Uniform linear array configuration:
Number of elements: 48
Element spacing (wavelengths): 0.75
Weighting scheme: kaiser
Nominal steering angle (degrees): -45
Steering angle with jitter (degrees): -45.524
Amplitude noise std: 0.05
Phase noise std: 0.05

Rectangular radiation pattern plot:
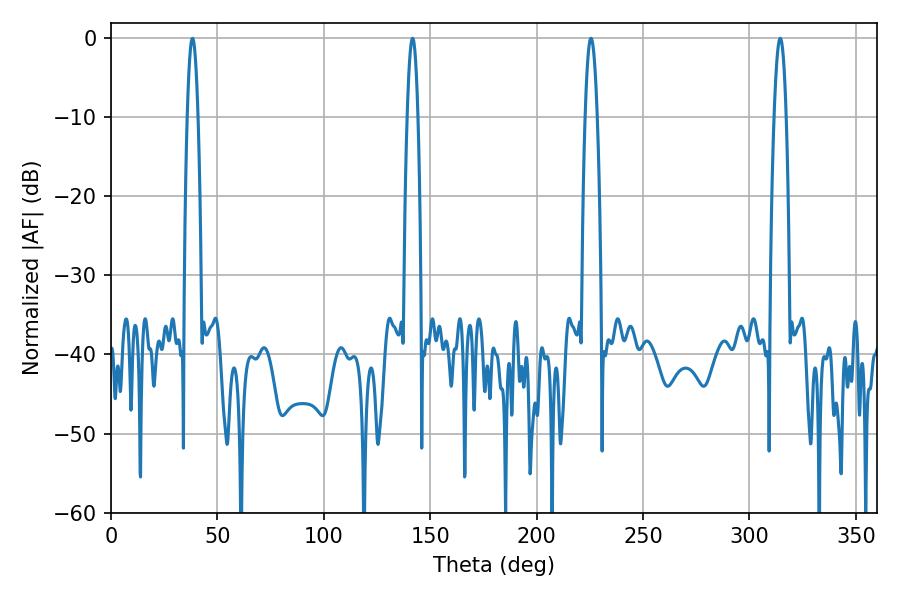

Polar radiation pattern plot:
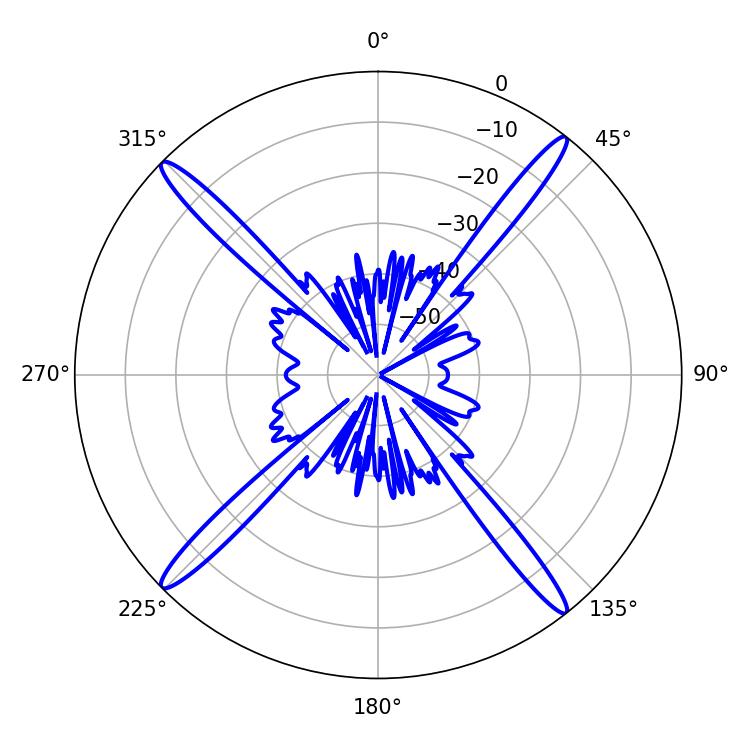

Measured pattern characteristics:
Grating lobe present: TRUE
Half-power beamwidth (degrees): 3.06
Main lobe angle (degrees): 225.54